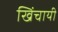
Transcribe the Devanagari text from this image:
खिंचायी